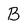
Character: B